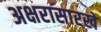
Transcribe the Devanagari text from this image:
अक्षरासारखे